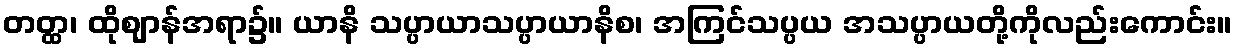
တတ္ထ၊ ထိုဈာန်အရာ၌။ ယာနိ သပ္ပာယာသပ္ပာယာနိစ၊ အကြင်သပ္ပယ အသပ္ပာယတို့ကိုလည်းကောင်း။